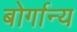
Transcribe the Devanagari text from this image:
बोर्गान्य